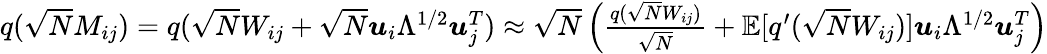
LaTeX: \begin{array}{r}{q(\sqrt{N}M_{ij})=q(\sqrt{N}W_{ij}+\sqrt{N}{\boldsymbol u}_{i}\Lambda^{1/2}{\boldsymbol u}_{j}^{T})\approx\sqrt{N}\left(\frac{q(\sqrt{N}W_{ij})}{\sqrt{N}}+\mathbb{E}[q^{\prime}(\sqrt{N}W_{ij})]{\boldsymbol u}_{i}\Lambda^{1/2}{\boldsymbol u}_{j}^{T}\right)}\end{array}